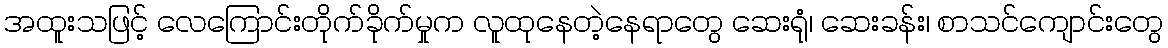
အထူးသဖြင့် လေကြောင်းတိုက်ခိုက်မှုက လူထုနေတဲ့နေရာတွေ ဆေးရုံ၊ ဆေးခန်း၊ စာသင်ကျောင်းတွေ